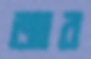
জার